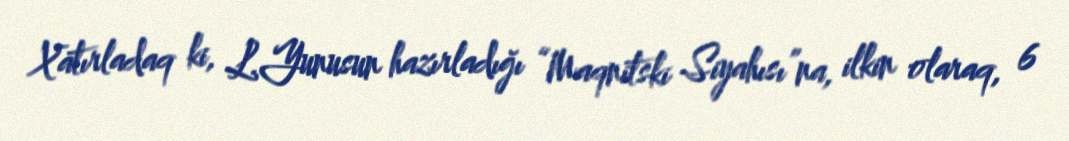
Xatırladaq ki, L.Yunusun hazırladığı “Maqnitski Siyahısı”na, ilkin olaraq, 6